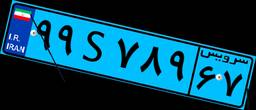
۸۱S۴۵۴۱۷